Indian journal of veterinary science and animal husbandry - Volume 5,
Year: 1935
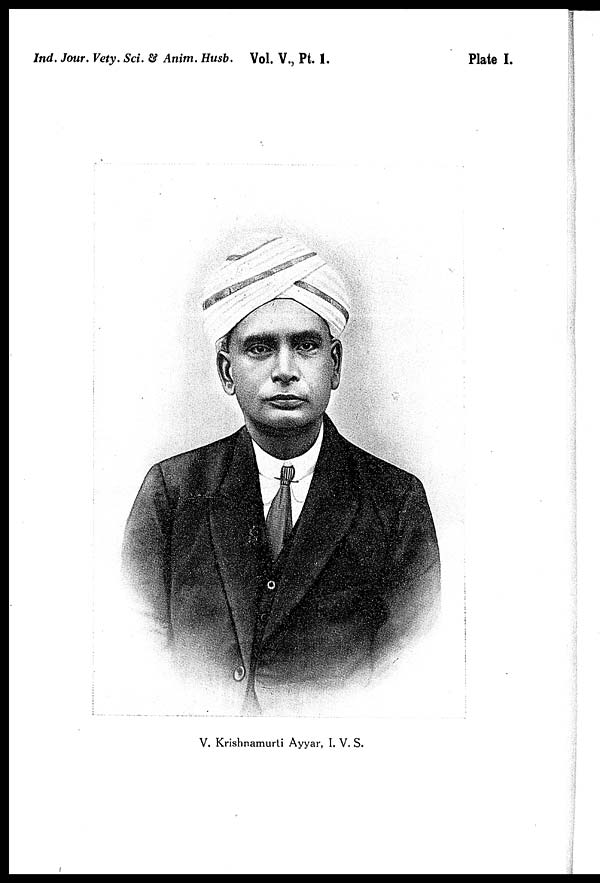
Ind. Jour. Vety. Sci. & Anim. Husb. Vol. V., Pt. 1.
Plate I.
V. Krishnamurti Ayyar, I. V. S.